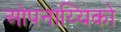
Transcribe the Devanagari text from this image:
ओपनाय्यिको